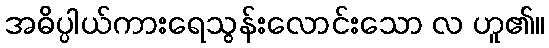
အဓိပ္ပါယ်ကားရေသွန်းလောင်းသော လ ဟူ၏။